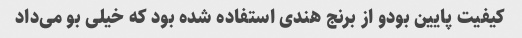
کیفیت پایین بودو از برنج هندی استفاده شده بود که خیلی بو می‌داد